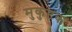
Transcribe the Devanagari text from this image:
मुकुष्टक